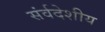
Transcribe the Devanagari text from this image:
संर्वदेशीय